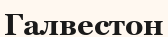
Галвестон